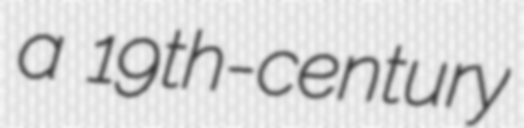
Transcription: a 19th-century